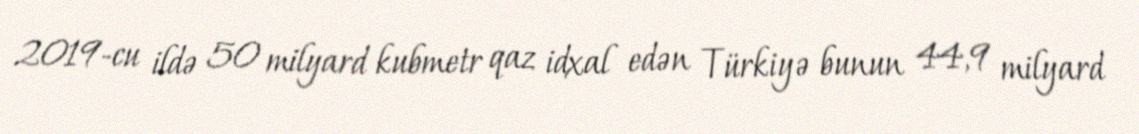
2019-cu ildə 50 milyard kubmetr qaz idxal edən Türkiyə bunun 44,9 milyard